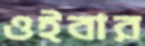
ওইবার